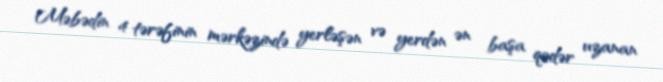
Məbədin 4 tərəfinin mərkəzində yerləşən və yerdən ən başa qədər uzanan